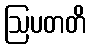
ဩပတတိ